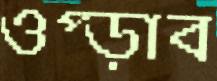
ওপ্‌ড়াব